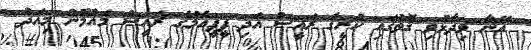
އޭނާ ވިދާޅުވި ގޮތުގައި ކުރީގެ ރައީސް އަދި ޕީޕީއެމްގެ ރައީސް މައުމޫން މިއަދު